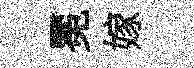
冕嫁